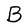
Character: B